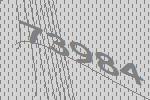
73984